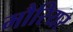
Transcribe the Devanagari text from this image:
मौरियर